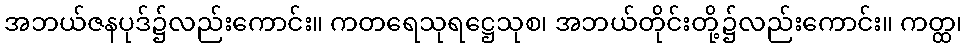
အဘယ်ဇနပုဒ်၌လည်းကောင်း။ ကတရေသုရဋ္ဌေသုစ၊ အဘယ်တိုင်းတို့၌လည်းကောင်း။ ကတ္ထ၊